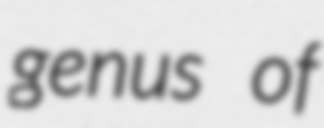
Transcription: genus of